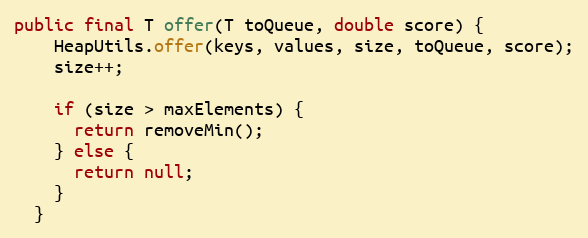
Language: Java
public final T offer(T toQueue, double score) {
    HeapUtils.offer(keys, values, size, toQueue, score);
    size++;

    if (size > maxElements) {
      return removeMin();
    } else {
      return null;
    }
  }